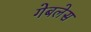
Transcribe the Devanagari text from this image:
गेबलेस